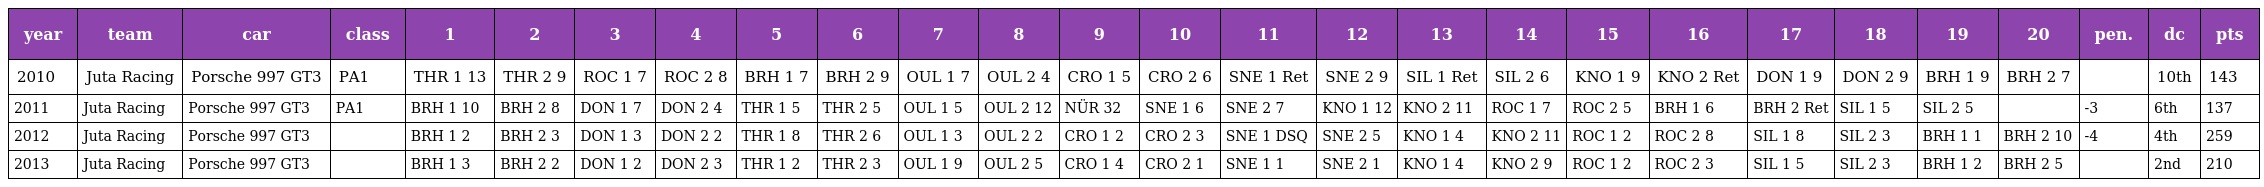
| year | team | car | class | 1 | 2 | 3 | 4 | 5 | 6 | 7 | 8 | 9 | 10 | 11 | 12 | 13 | 14 | 15 | 16 | 17 | 18 | 19 | 20 | pen. | dc | pts |
 | --- | --- | --- | --- | --- | --- | --- | --- | --- | --- | --- | --- | --- | --- | --- | --- | --- | --- | --- | --- | --- | --- | --- | --- | --- | --- | --- |
 | 2010 | Juta Racing | Porsche 997 GT3 | PA1 | THR 1 13 | THR 2 9 | ROC 1 7 | ROC 2 8 | BRH 1 7 | BRH 2 9 | OUL 1 7 | OUL 2 4 | CRO 1 5 | CRO 2 6 | SNE 1 Ret | SNE 2 9 | SIL 1 Ret | SIL 2 6 | KNO 1 9 | KNO 2 Ret | DON 1 9 | DON 2 9 | BRH 1 9 | BRH 2 7 |  | 10th | 143 |
 | 2011 | Juta Racing | Porsche 997 GT3 | PA1 | BRH 1 10 | BRH 2 8 | DON 1 7 | DON 2 4 | THR 1 5 | THR 2 5 | OUL 1 5 | OUL 2 12 | NÜR 32 | SNE 1 6 | SNE 2 7 | KNO 1 12 | KNO 2 11 | ROC 1 7 | ROC 2 5 | BRH 1 6 | BRH 2 Ret | SIL 1 5 | SIL 2 5 |  | -3 | 6th | 137 |
 | 2012 | Juta Racing | Porsche 997 GT3 |  | BRH 1 2 | BRH 2 3 | DON 1 3 | DON 2 2 | THR 1 8 | THR 2 6 | OUL 1 3 | OUL 2 2 | CRO 1 2 | CRO 2 3 | SNE 1 DSQ | SNE 2 5 | KNO 1 4 | KNO 2 11 | ROC 1 2 | ROC 2 8 | SIL 1 8 | SIL 2 3 | BRH 1 1 | BRH 2 10 | -4 | 4th | 259 |
 | 2013 | Juta Racing | Porsche 997 GT3 |  | BRH 1 3 | BRH 2 2 | DON 1 2 | DON 2 3 | THR 1 2 | THR 2 3 | OUL 1 9 | OUL 2 5 | CRO 1 4 | CRO 2 1 | SNE 1 1 | SNE 2 1 | KNO 1 4 | KNO 2 9 | ROC 1 2 | ROC 2 3 | SIL 1 5 | SIL 2 3 | BRH 1 2 | BRH 2 5 |  | 2nd | 210 |